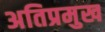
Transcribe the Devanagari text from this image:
अतिप्रमुख